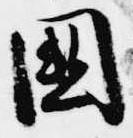
国